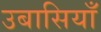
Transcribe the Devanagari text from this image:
उबासियाँ